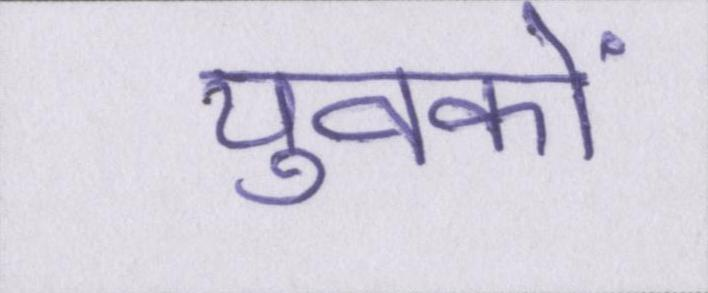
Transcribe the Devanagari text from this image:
युवकों